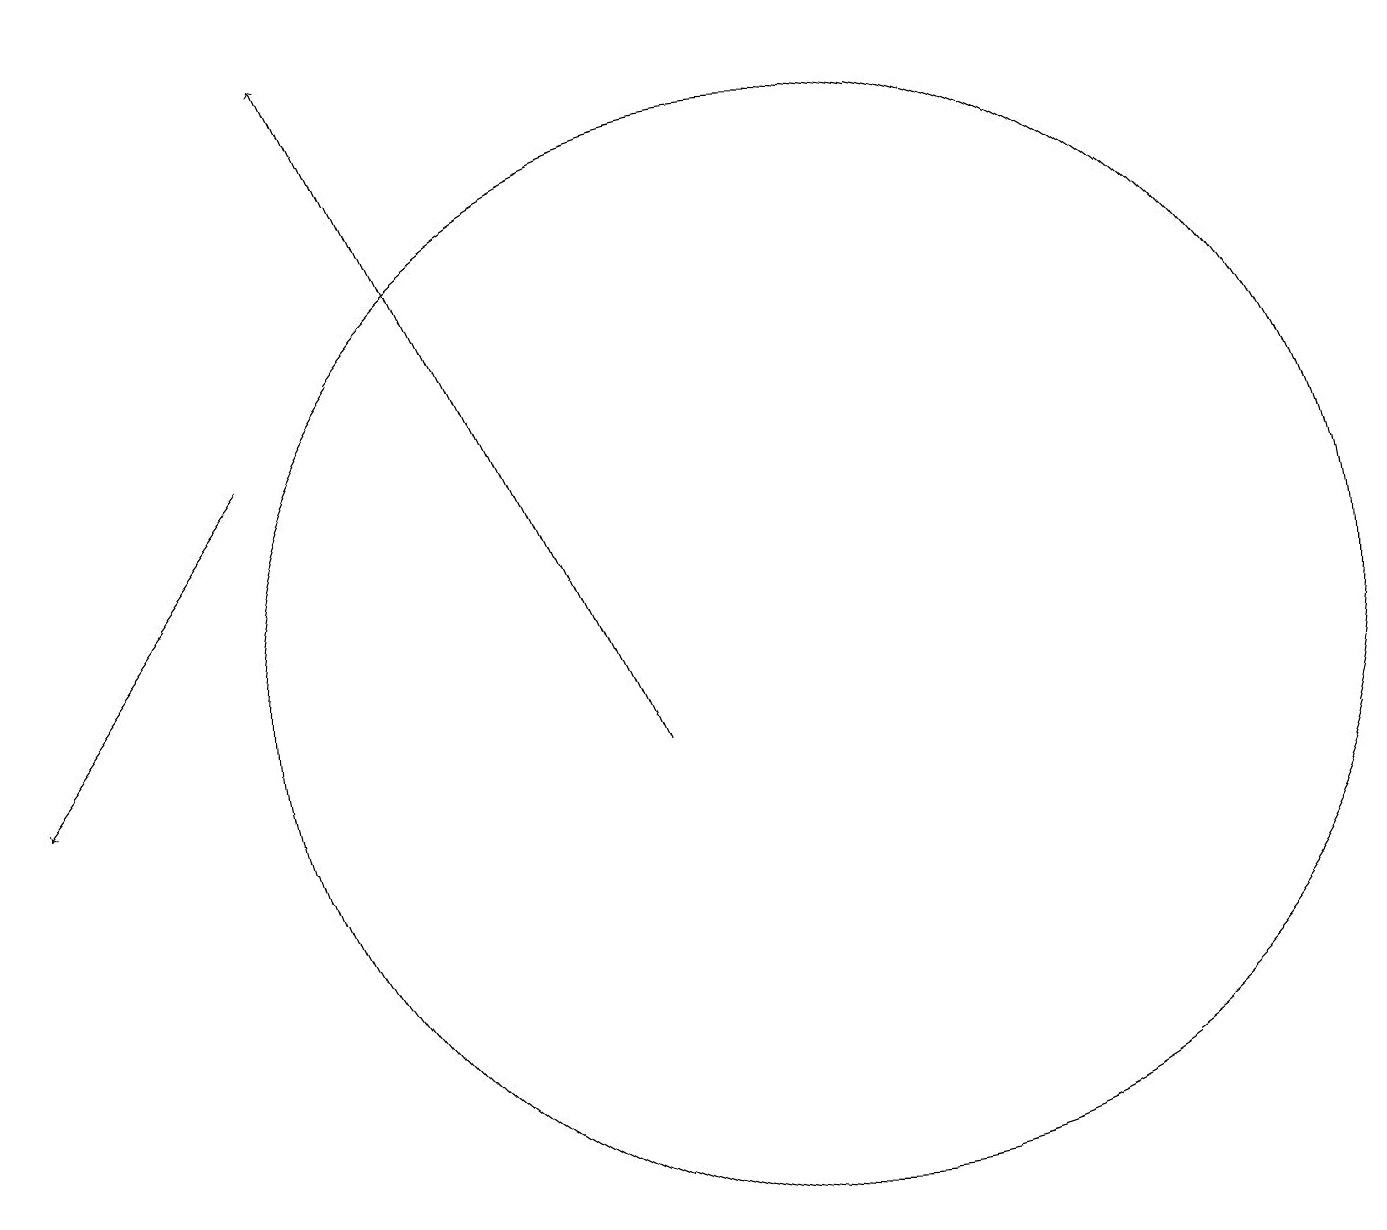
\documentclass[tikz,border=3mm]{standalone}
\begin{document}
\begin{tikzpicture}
\draw[->] (9,10) -- (5,19);
\draw (11,11) circle (7);
\draw[->] (4,14) -- (1,10);
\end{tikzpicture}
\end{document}